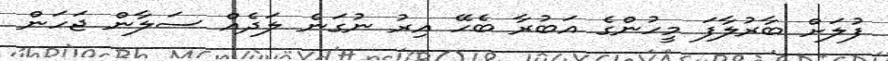
ފުލަށް ބާރުލާފަ މީހުންގެ އަބުރާ ބެހޭ އިރު ނުގަނެ ލަދެއް ސަލާން ޖަހަން